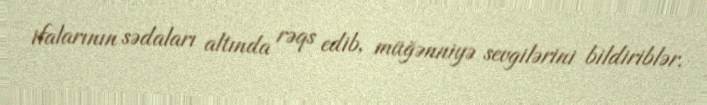
ifalarının sədaları altında rəqs edib, müğənniyə sevgilərini bildiriblər.